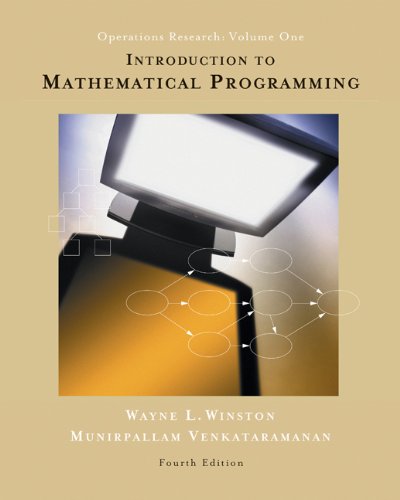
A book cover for Introduction to Mathematical Programming: Operations Research, Vol. 1 (Book & CD-ROM); Wayne L. Winston; Business & Money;